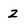
Character: Z